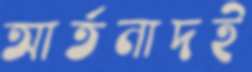
আর্তনাদই